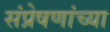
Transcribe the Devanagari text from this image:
संप्रेषणांच्या